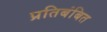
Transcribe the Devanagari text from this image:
प्रतिबंबित